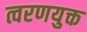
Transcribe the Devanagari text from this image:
त्वरणयुक्त